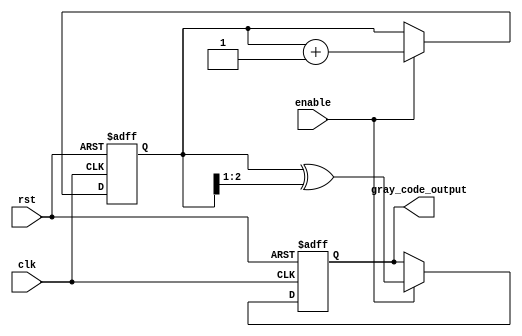
module gray_code_counter (
    input wire clk,           // Clock signal
    input wire rst,           // Asynchronous reset signal
    input wire enable,        // Enable signal for counting
    output reg [n-1:0] gray_code_output // Output Gray code value
);

// Parameter for the number of bits (n)
parameter n = 3; // Change as needed for different lengths of Gray code

// Binary counter state
reg [n-1:0] binary_counter;

// Function to convert binary to Gray code
function [n-1:0] bin2gray;
    input [n-1:0] bin;
    begin
        bin2gray = bin ^ (bin >> 1);
    end
endfunction

// Always block for the sequential logic
always @(posedge clk or posedge rst) begin
    if (rst) begin
        // Reset the counter to 0 (which corresponds to Gray code 000)
        binary_counter <= 0;
        gray_code_output <= bin2gray(0);
    end
    else if (enable) begin
        // Increment the binary counter
        binary_counter <= binary_counter + 1;
        // Update the gray code output
        gray_code_output <= bin2gray(binary_counter);
    end
end

endmodule